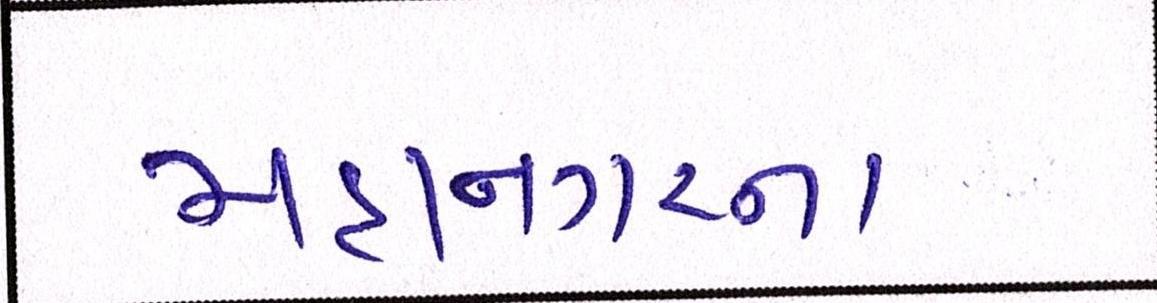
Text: મહાનગરના